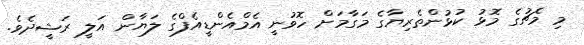
މި މެޗުގެ މޮޅު ކުޅުންތެރިޔާގެ މަގާމަށް ހޮވުނީ އެމްއެންޑީއެފްގެ ލަޔާން އަލީ ރަޝީދެވެ.